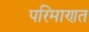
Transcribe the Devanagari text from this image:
परिमाणत